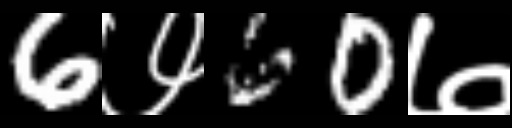
Text: 6७60७